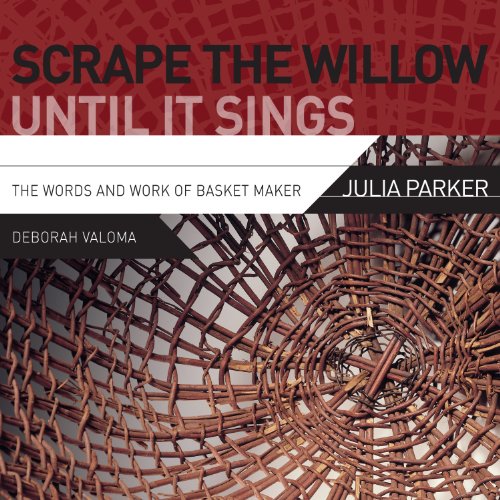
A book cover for Scrape the Willow Until It Sings: The Words and Work of Basket Maker Julia Parker; Deborah Valoma; Biographies & Memoirs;